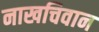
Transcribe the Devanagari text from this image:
नाखचिवान